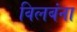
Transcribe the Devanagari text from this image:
विलबंना